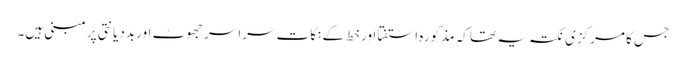
جس کا مرکزی نکتہ یہ تھا کہ مذکورہ استفتا اور خط کے نکات سراسر جھوٹ اور بددیانتی پر مبنی ہیں۔